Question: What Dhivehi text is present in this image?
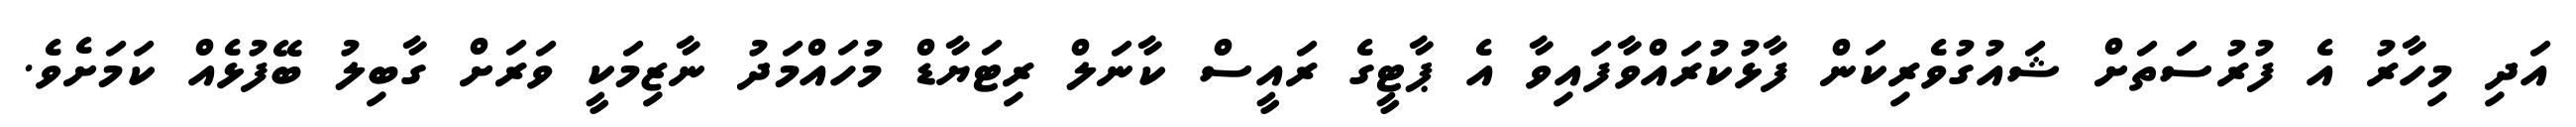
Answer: އަދި މިހާރު އެ ފުރުސަތަށް ޝައުގުވެރިކަން ފާޅުކުރައްވާފައިވާ އެ ޕާޓީގެ ރައީސް ކާނަލް ރިޓަޔާޑް މުހައްމަދު ނާޒިމަކީ ވަރަށް ގާބިލު ބޭފުޅެއް ކަމަށެވެ.